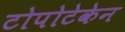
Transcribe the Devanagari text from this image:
टोपोटेकेन